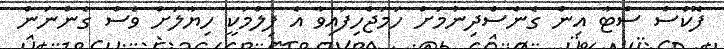
ފޮކްސް ސްޓާ އިން ގެނެސްދިނުމަށް ހަމަޖެހިފައިވާ އެ ފިލްމަކީ ހިޔާލަށް ވެސް ގެންނަން